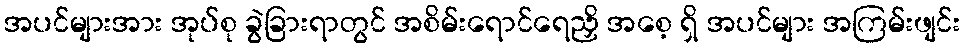
အပင်များအား အုပ်စု ခွဲခြားရာတွင် အစိမ်းရောင်ရေညှိ အစေ့ ရှိ အပင်များ အကြမ်းဖျင်း